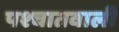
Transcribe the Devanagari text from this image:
पश्चातवाली